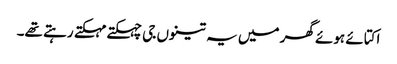
اکتائے ہوئے گھر میں یہ تینوں جی چہکتے مہکتے رہتے تھے۔